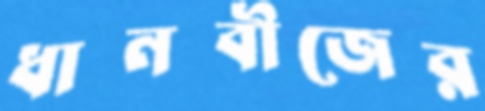
ধানবীজের